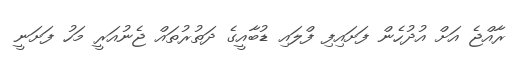
ރާއްޖެ އަށް އުދުހެން ފަށައިފި ފްލައި ޑުބާއީގެ ދަތުރުތައް ޖެނުއަރީ މަހު ފަށަނީ